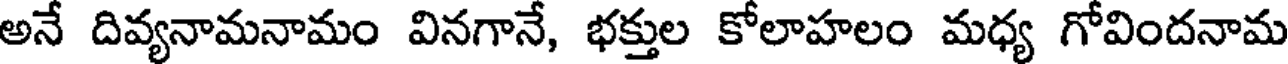
అనే దివ్యనామనామం వినగానే, భక్తుల కోలాహలం మధ్య గోవిందనామ